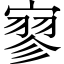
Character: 寥